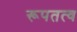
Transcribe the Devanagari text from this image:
रूपतत्व